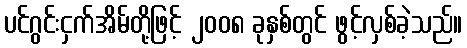
ပင်ဂွင်းငှက်အိမ်တို့ဖြင့် ၂၀၀၈ ခုနှစ်တွင် ဖွင့်လှစ်ခဲ့သည်။